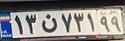
۱۳ن۷۳۱۹۹